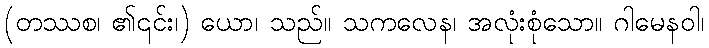
(တဿစ၊ ၏၎င်း၊) ယော၊ သည်။ သကလေန၊ အလုံးစုံသော။ ဂါမေနဝါ၊